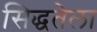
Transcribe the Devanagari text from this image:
सिद्धतेला